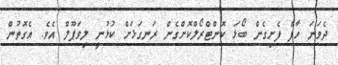
ދެވަނަ ހާފް ފެށިގެން ބޯޅަ ކޮންޓްރޯލްކޮށްގެން ރަނގަޅަށް ކުޅުނީ ލިވަޕޫލް އެވެ. އެގޮތުން